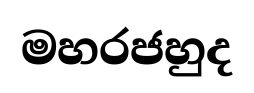
මහරජහුද